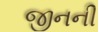
જીનની